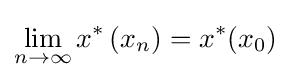
\lim _{n\to \infty }x^{*}\left(x_{n}\right)=x^{*}(x_{0})